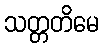
သတ္တတိမေ